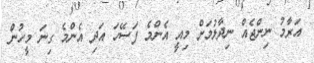
އަރާމު ނިންޖެއް ނިދާލުމަށް މިއީ އެންމެ ފަސޭހަ އަދި އެންމެ ގިނަ މީހުން